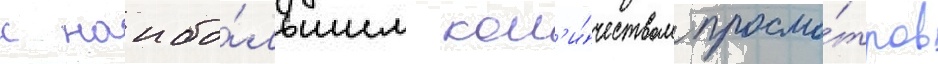
с наибо́льшим кол'и́чеством просмо́тров